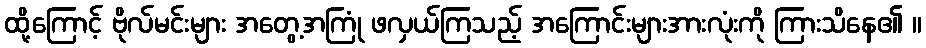
ထို့ကြောင့် ဗိုလ်မင်းများ အတွေ့အကြုံ ဖလှယ်ကြသည့် အကြောင်းများအားလုံးကို ကြားသိနေ၏ ။